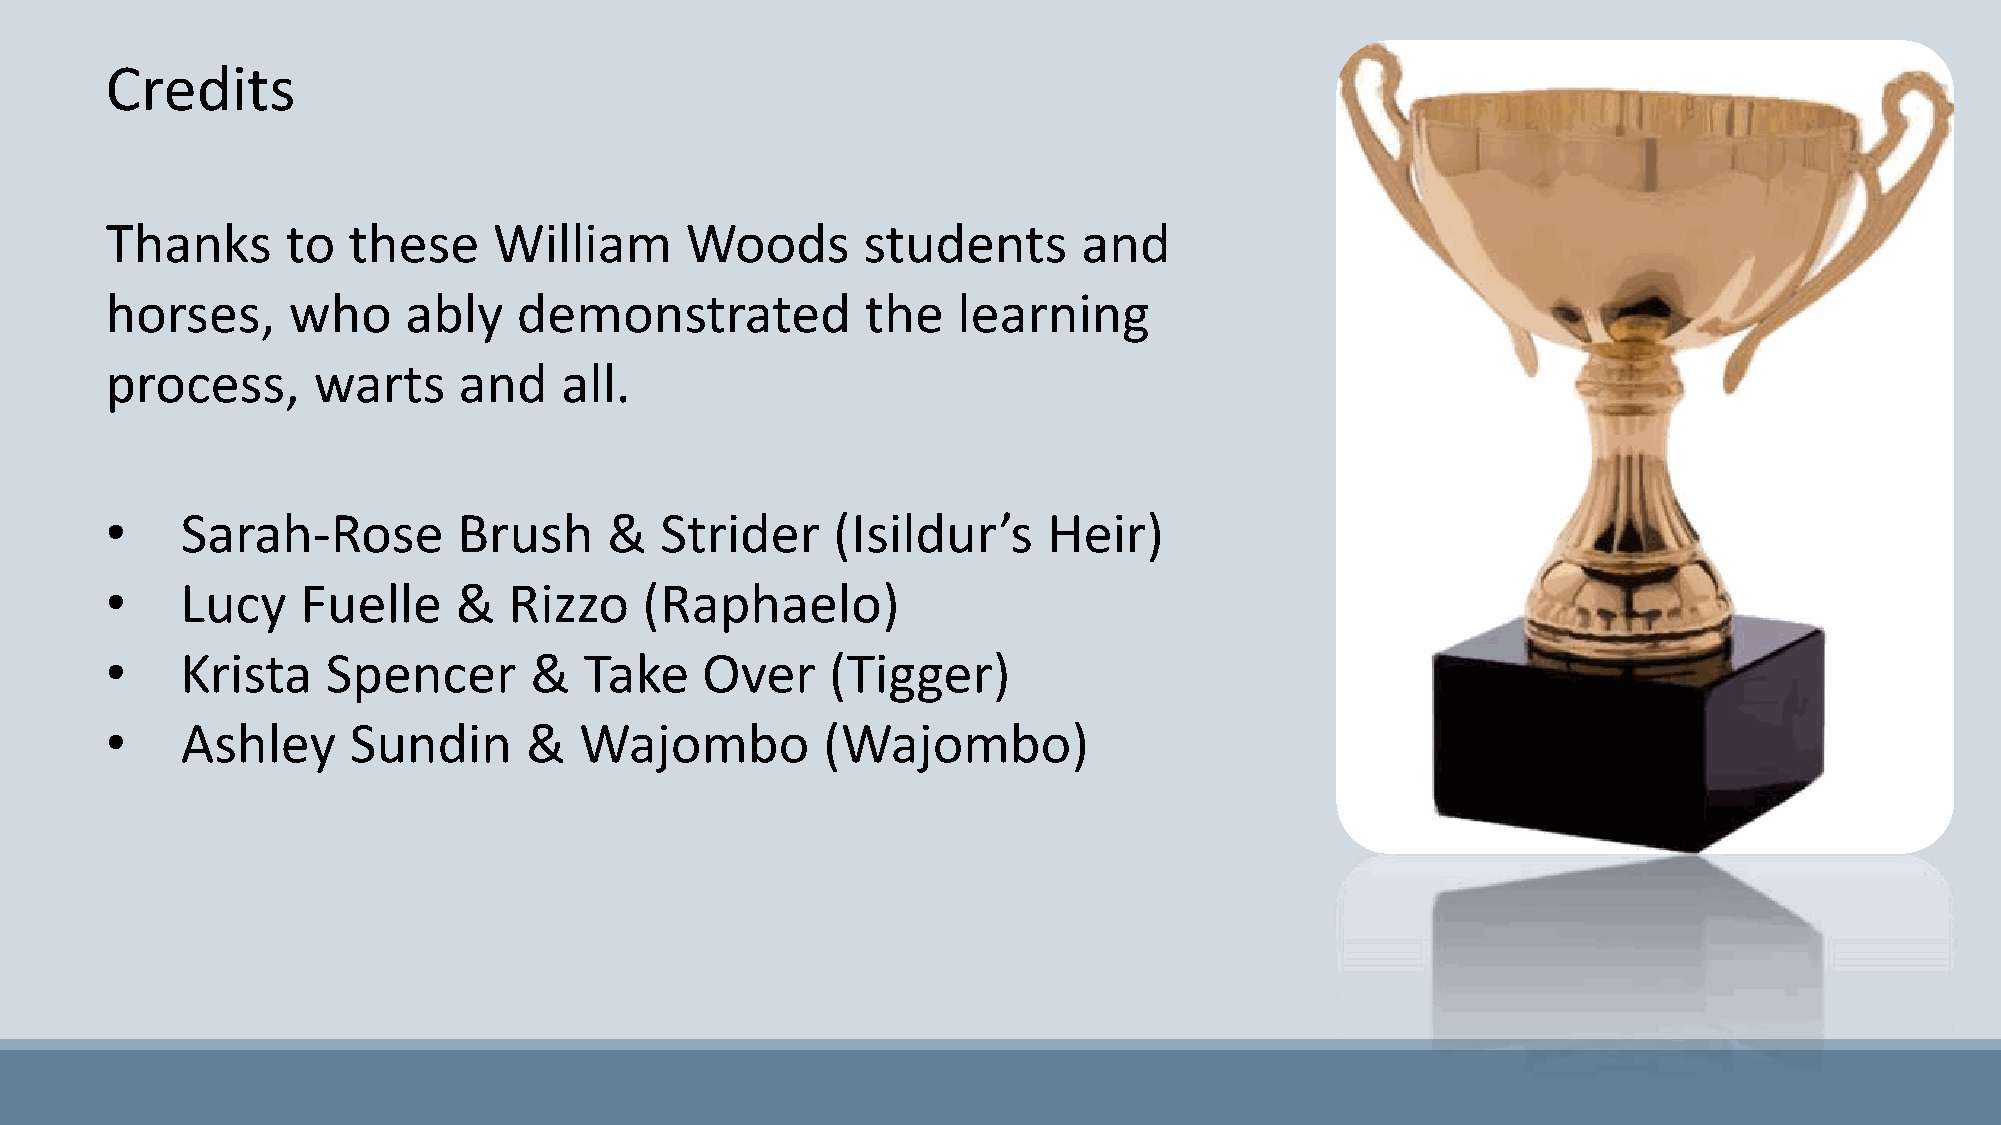
Credits
 Thanks      to  these     William     Woods       students       and
 horses,     who     ably   demonstrated           the   learning
 process,      warts    and    all.
 •    Sarah-Rose        Brush     &   Strider    (Isildur’s    Heir)
 •    Lucy    Fuelle    &   Rizzo    (Raphaelo)
 •    Krista    Spencer      &   Take   Over     (Tigger)
 •    Ashley     Sundin      &  Wajombo         (Wajombo)